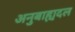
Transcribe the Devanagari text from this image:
अनुबाह्यदल